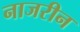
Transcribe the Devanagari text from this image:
नाजरीन